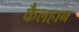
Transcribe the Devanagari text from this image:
कैलहान